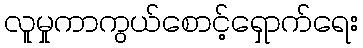
လူမှုကာကွယ်စောင့်ရှောက်ရေး